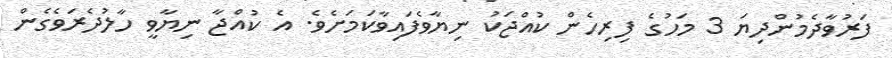
ފަރުވާދެމުންދިޔަ 3 މަހުގެ ފިރިހެން ކުއްޖަކު ނިޔާވެފައިވާކަމަށެވެ. އެ ކުއްޖާ ނިޔާވީ ހާލުދެރަވެގެން